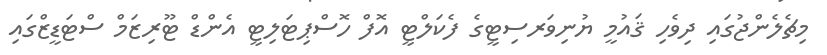
މިޗެލެންޖުގައި ދިވެހި ޤައުމީ ޔުނިވަރސިޓީގެ ފެކަލްޓީ އޮފް ހޮސްޕިޓަލިޓީ އެންޑް ޓޫރިޒަމް ސްޓަޑީޒްގައި